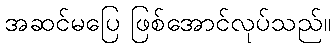
အဆင်မပြေ ဖြစ်အောင်လုပ်သည်။